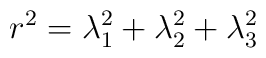
r^2 = \lambda_1^2 + \lambda_2^2  + \lambda_3^2